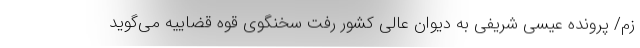
زم/ پرونده عیسی شریفی به دیوان عالی کشور رفت سخنگوی قوه قضاییه می‌گوید